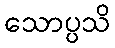
သောပ္ပသိ